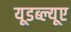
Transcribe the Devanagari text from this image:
यूडब्ल्यूए